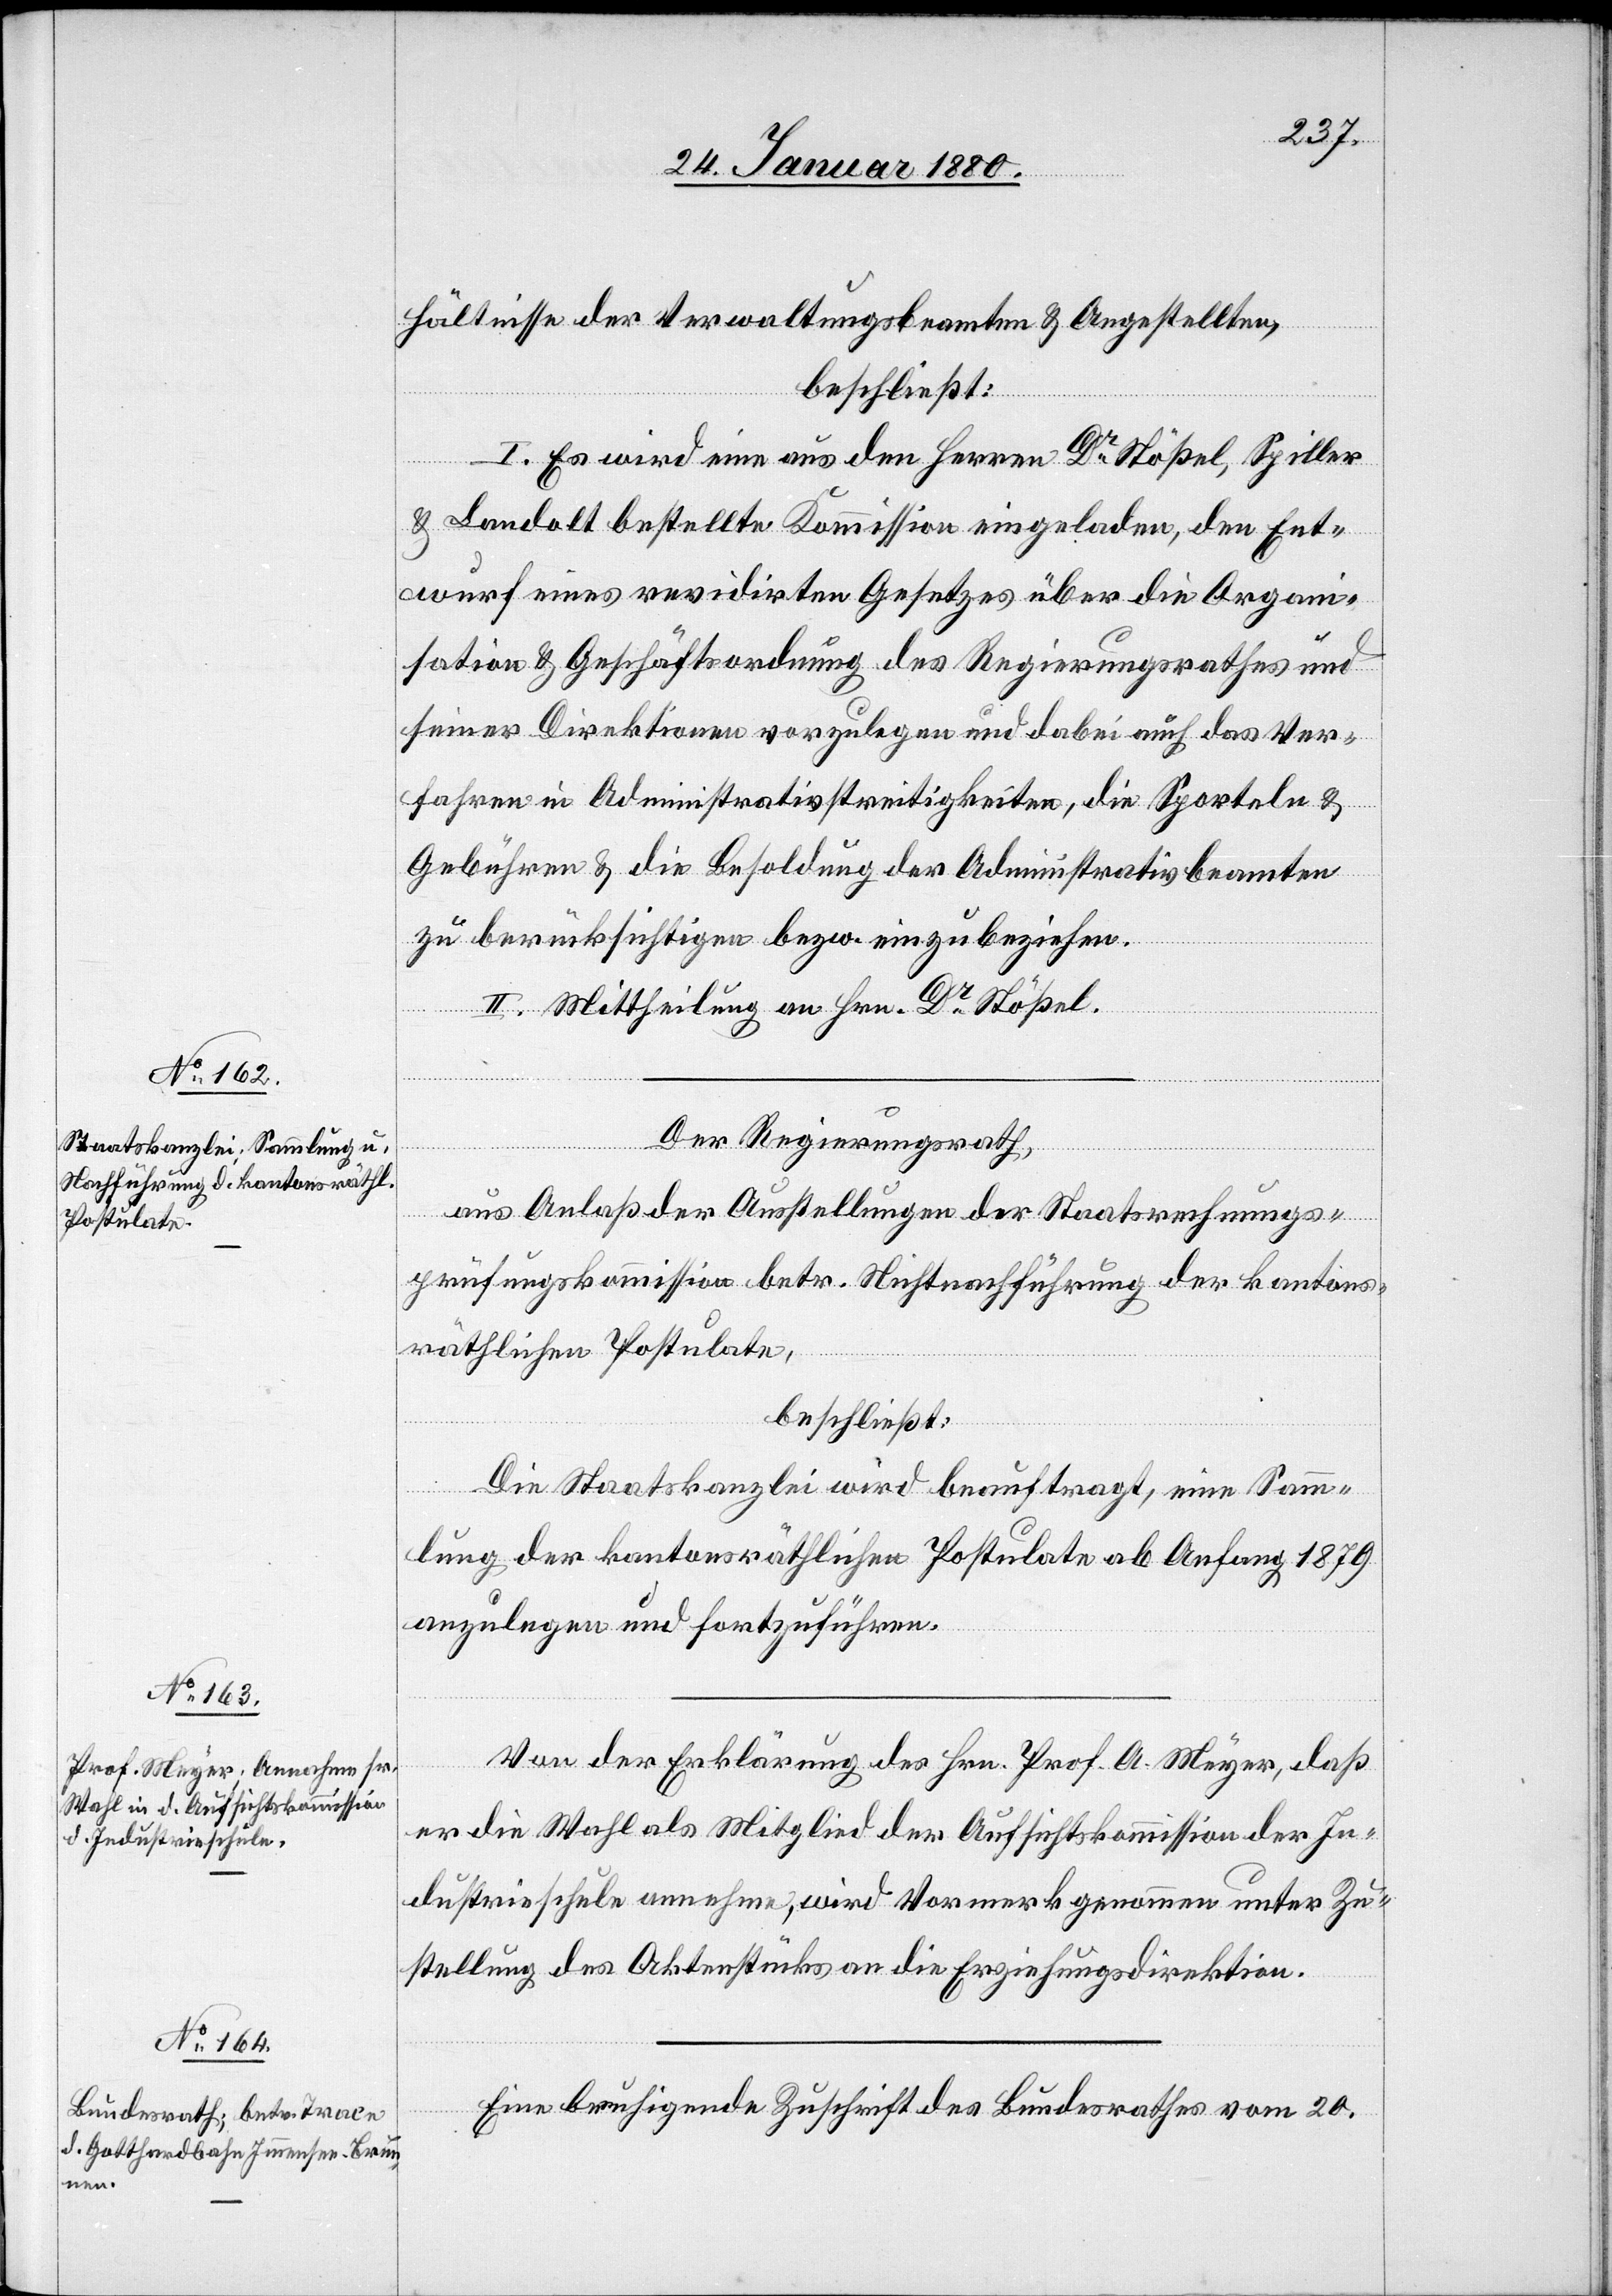
hältnisse der Verwaltungsbeamten & Angestellten,
beschließt:
I. Es wird eine aus den Herren Dr Stößel, Spiller
& Landolt bestellte Kommission eingeladen, den Ent¬
wurf eines revidirten Gesetzes über die Organi¬
sation & Geschäftsordnung des Regierungsrathes und
seiner Direktionen vorzulegen und dabei auch das Ver¬
fahren in Administrativstreitigkeiten, die Sporteln &
Gebühren & die Besoldung der Administrativbeamten
zu berücksichtigen bezw. einzubeziehen.
II. Mittheilung an Hrn. Dr Stößel.
Der Regierungsrath,
aus Anlaß der Anstellungen der Staatsrechnungs¬
prüfungskommission betr. Nichtnachführung der kantons¬
räthlichen Postulate,
beschließt:
Die Staatskanzlei wird beauftragt, eine Samm¬
lung der kantonsräthlichen Postulate ab Anfang 1879
anzulegen und fortzuführen.
Von der Erklärung des Hrn. Prof. A. Meyer, daß
er die Wahl als Mitglied der Aufsichtskommission der In¬
dustrieschule annehme, wird Vormerk genommen unter Zu¬
stellung des Aktenstückes an die Erziehungsdirektion.
Eine beruhigende Zuschrift des Bundesrathes vom 20.